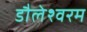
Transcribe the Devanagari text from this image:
डौलेश्वरम